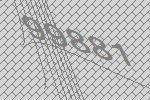
99881